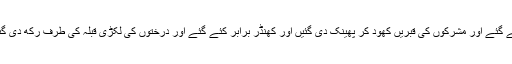
آپ صلی اللہ علیہ وسلم نے حکم کیا تو درخت کاٹے گئے اور مشرکوں کی قبریں کھود کر پھینک دی گئیں اور کھنڈر برابر کئے گئے اور درختوں کی لکڑی قبلہ کی طرف رکھ دی گئی اور دروازہ کے دونوں طرف پتھر لگائے گئے۔